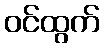
ဝင်ထွက်